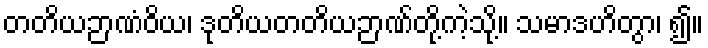
တတိယဉာဏံဝိယ၊ ဒုတိယတတိယဉာဏ်တို့ကဲ့သို့။ သမာဒဟိတွာ၊ ၍။